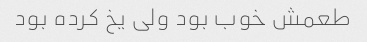
طعمش خوب بود ولی یخ کرده بود